system: You are a helpful assistant.
user:
Analyze the provided spectrum to determine if it is a **White Dwarf (WD)**.

A White Dwarf spectrum is defined by its **extreme purity** (due to gravitational settling) and/or **extreme pressure broadening** (due to high surface gravity). You must check for one of the following mutually exclusive signatures:

- **Key Visual Indicators (Check for ONE of these types):**

    - **1. DA-Type Signature (Most Common):**
        - **(Primary Feature):** Extreme pressure broadening (Stark broadening) of the **Hydrogen (H) Balmer lines**.
        - **(Key Lines):** $H\beta$ (approx. $4861$ Å) and $H\gamma$ (approx. $4340$ Å). $H\alpha$ (approx. $6563$ Å) will also be present if the wavelength range covers it.
        - **(Line Profile):** This is the **defining feature**. The lines are **NOT** sharp. They appear as massive, **extremely broad and deep "troughs" or "dips"** in the spectrum, often hundreds of Ångströms wide. The continuum will appear to "scoop" down at these wavelengths.
        - **(Distinction):** Normal A-type or B-type stars have *narrow* and *sharp* Hydrogen lines. A DA White Dwarf's lines are unmistakably "smeared" or "blurry" from pressure.

    - **2. DB-Type Signature:**
        - **(Primary Feature):** Broad absorption lines from **Neutral Helium (He I)**. The spectrum must lack any visible Hydrogen lines.
        - **(Key Lines):** Look for broad absorption near $4471$ Å, $4921$ Å, and $5876$ Å.
        - **(Line Profile):** These lines are also significantly pressure-broadened, appearing much wider than they would in a normal B-type main-sequence star.

    - **3. DC-Type Signature:**
        - **(Primary Feature):** A **featureless continuous spectrum**.
        - **(Line Profile):** The spectrum is a smooth curve with **no significant absorption or emission lines**.
        - **(Key Confirmation):** The continuum is almost always **blue or white**, indicating a hot object. This signature implies the atmosphere is so pure (or so cool) that no spectral lines are visible in the optical range. Its WD identity is confirmed by its extremely low intrinsic brightness (high absolute magnitude).

    - **4. DZ-Type Signature (Metal-Polluted):**
        - **(Primary Feature):** **Isolated, narrow metal absorption lines** on an otherwise featureless (DC-like) continuum.
        - **(Key Lines):** The **Calcium (Ca II) H & K doublet** (approx. **$3934$ Å** and **$3968$ Å**) is the most common and defining feature.
        - **(Line Profile):** These lines are "out of place." They are *not* part of a "forest" of thousands of lines. This signature is evidence of recent *accretion* (pollution) from rocky debris.
        - **(Distinction):** Normal G/K/M stars have a *dense forest* of thousands of metal lines. A DZ has a *clean* continuum with *only a few* strong metal lines.

    - **5. DQ-Type Signature (Carbon-Polluted):**
        - **(Primary Feature):** Absorption bands from **Carbon (C₂ "Swan Bands" or atomic C I)**.
        - **(Key Lines - C₂):** Look for bandheads with a "saw-tooth" shape near $5635$ Å, **$5165$ Å** (strongest), and $4737$ Å.
        - **(Key Confirmation):** The underlying **continuum must be blue or white** (hot).
        - **(Distinction):** This is the critical difference from a **Carbon Star**, which has the *exact same* C₂ bands but on an extremely **red, cool** continuum.

- **(Overall Spectrum):**
    - The continuum (overall shape) is typically **blue-sloping** (brighter in the blue than the red), as most white dwarfs are very hot.
    - The spectrum will look "pure" or "simple," dominated by only *one* of the five signatures listed above.

Think first, call **spectral_visualization_tool** if needed to examine features in detail, then provide your final answer. Your response must adhere to the following strict rules:
1.  **Overall Structure:** Your response must follow the format `<think>...</think> <tool_call>...</tool_call> (if a tool is used) <answer>...</answer>`.
2.  **Tool Usage Constraint:** You may only make **one** tool call per turn.
3.  **Final Answer Format:** In the `<answer>` tag, your conclusion must be inside a `\boxed{}` command (e.g., `\boxed{YES}` or `\boxed{NO}`), followed by your justification.

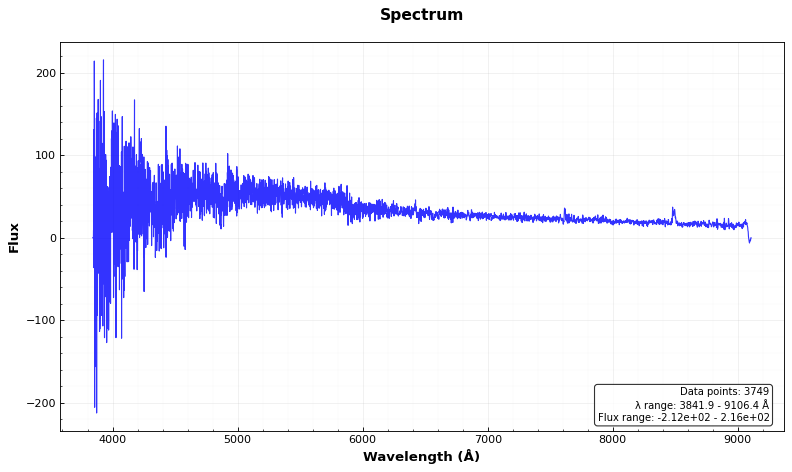
Answer: YES